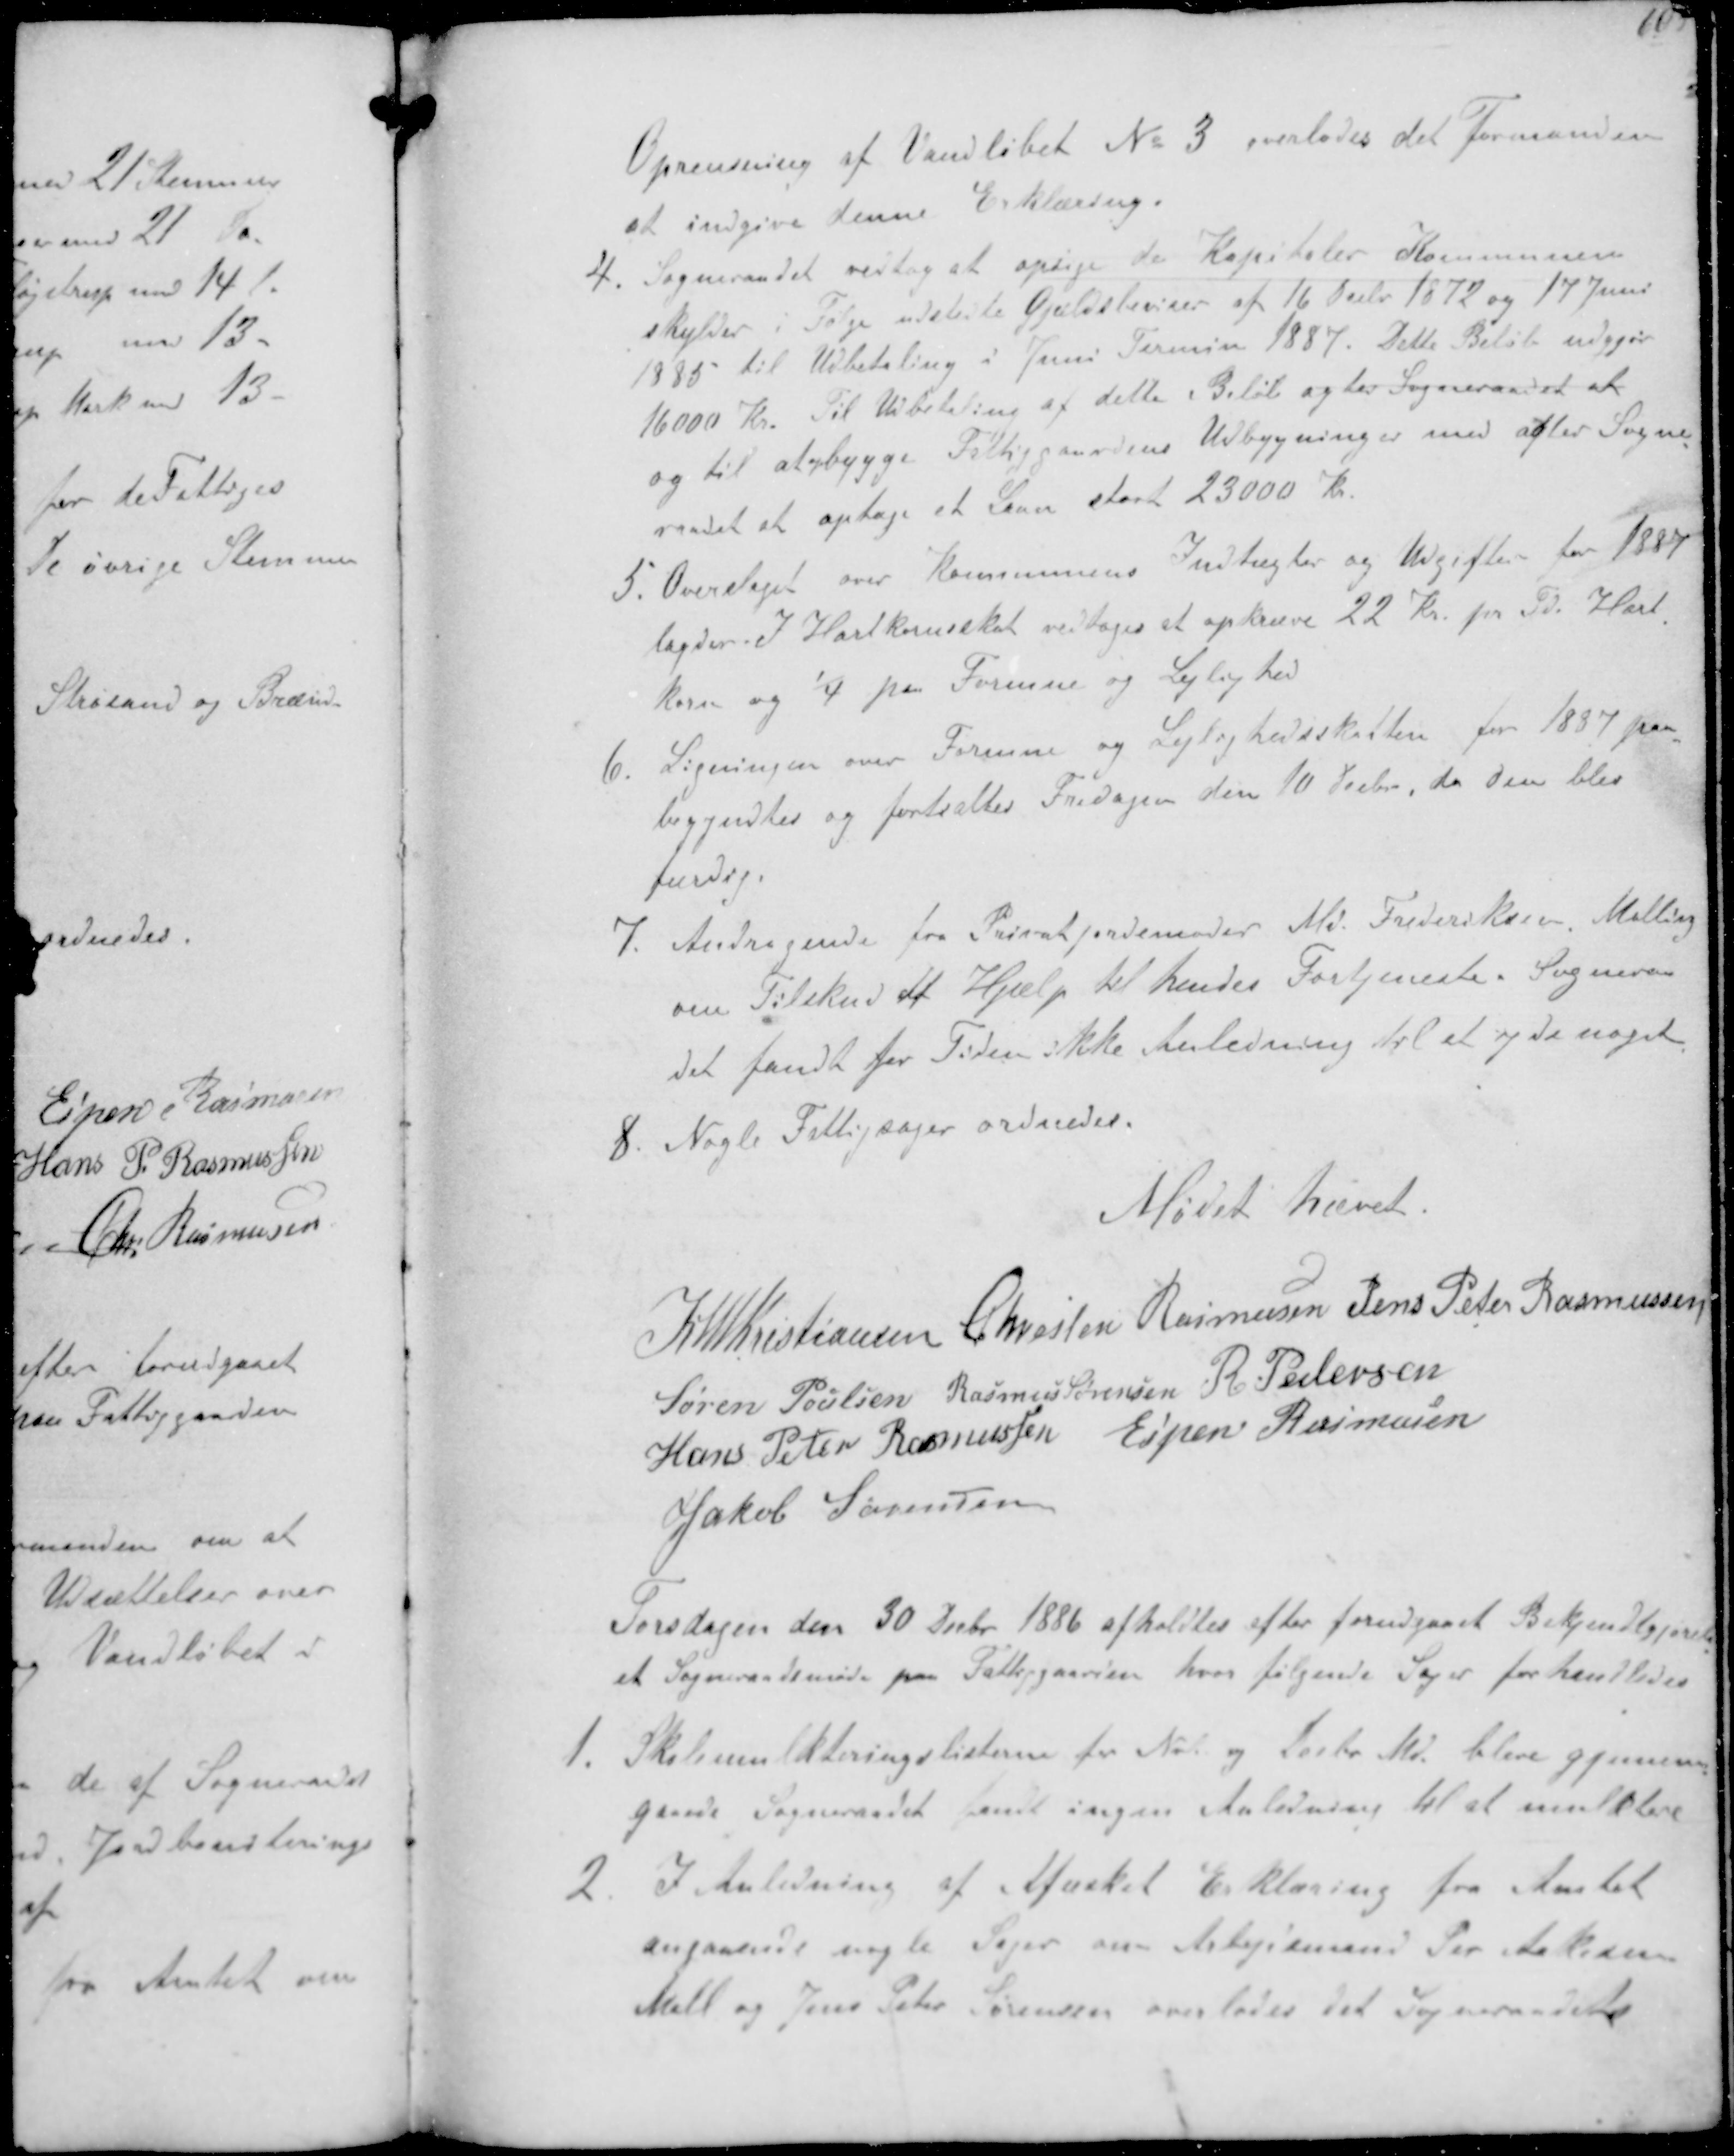
Transskription:
Oprensning af Vandløbet No 3 overlodes det Formanden
at indgive denne Erklæring.
4. Sogneraadet vedtog at opsige de Kapitaler Kommunen
skylder i Følge udstedte Gældsbeviser af 16 Decbr 1872 og 17 Juni
1885 til Udbetaling i Juni Termin 1887. Dette Beløb udgjør
16000 Kr. Til Udbetaling af dette Beløb agter Sogneraadet at
og til at bygge Fattiggaardens Udbygninger med agter Sogne-
raadet at optage et Laan stort 23000 Kr.
5. Overslaget over Kommunens Indtægter og Udgiften for 1887
lagdes I Hartkornsskat vedtoges at opkræve 22 Kr pr Td. Hart-
korn og 1/4 paa Formue og Lejlighed
6. Ligningen over Formue og Lejlighedsskatten for 1887 paa-
begyndtes og fortsattes Fredagen den 10 Decbr., da den blev
færdig.
7. Andragende fra Privatjordemoder Md. Frederiksen Malling
om Tilskud af Hjælp til hendes Fortjeneste. Sogneraa-
det fandt for Tiden ikke Anledning til at yde noget
8. Nogle Fattigsager ordnedes.

Mødet hævet

K N M Kristiansen Chresten Rasmussen Jens Peter Rasmussen
Søren Poulsen Rasmus Sørensen R. Pedersen
Hans Peter Rasmussen Espen Rasmussen
Jakob Sørensen

Torsdagen den 30 Decbr 1886 afholdtes efter forudgaaet Bekjendtgjørelse
et Sogneraadsmøde paa Fattiggaarden hvor følgende Sager forhandledes
1. Skolemulkteringslisterne for Nov og Decbr Md. blev gjennem-
gaaede Sogneraadet fandt ingen Anledning til at mulktere
2. I Anledning af Afæsket Erklæring fra Amtet
angaaende nogle Sager om Arbejdsmand Per Jakobsen
Mall og Jens Peter Sørensen overlodes det Sogneraadet